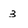
Character: 3